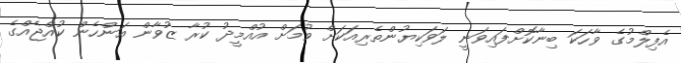
އެފިލްމުގެ ވާހަކަ ބިނާކޮށްފައިވަނީ ލަވަކިޔުންތެރިއަކަށް ވުމަށް އުއްމީދު ކުރާ ޒުވާން އަންހެން ކުއްޖެއްގެ